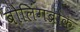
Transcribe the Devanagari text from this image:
बोलिंगब्रोक